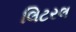
લિટરલ